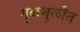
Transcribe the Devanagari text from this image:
गुळमुळीत